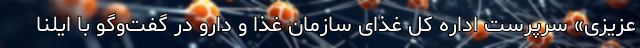
عزیزی» سرپرست اداره کل غذای سازمان غذا و دارو در گفت‌وگو با ایلنا